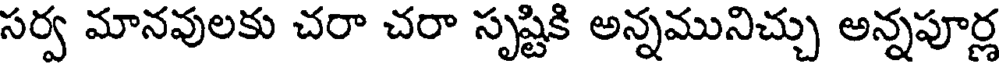
సర్వ మానవులకు చరా చరా సృష్టికి అన్నమునిచ్చు అన్నపూర్ల